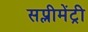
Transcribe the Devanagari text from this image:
सप्लीमेंट्री